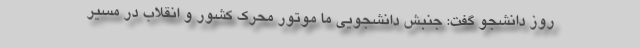
روز دانشجو گفت: جنبش دانشجویی ما موتور محرک کشور و انقلاب در مسیر